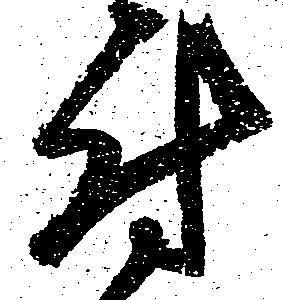
付